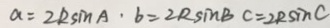
a = 2 R \sin A \cdot b = 2 R \sin B C = 2 R \sin C